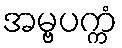
အမ္ဗပက္ကံ